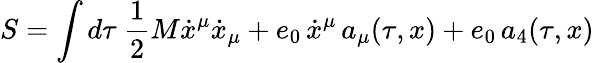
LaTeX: S=\int d\tau\ \frac 12M\dot{x}^{\mu}\dot{x}_{\mu}+e_{0}\, \dot{x}^{\mu}\, a_{\mu}(\tau,x)+e_{0}\, a_{4}(\tau,x)